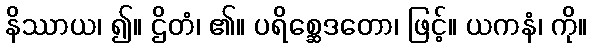
နိဿာယ၊ ၍။ ဌိတံ၊ ၏။ ပရိစ္ဆေဒတော၊ ဖြင့်။ ယကနံ၊ ကို။